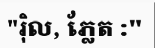
"រ៉ិល, ភ្លែត :"